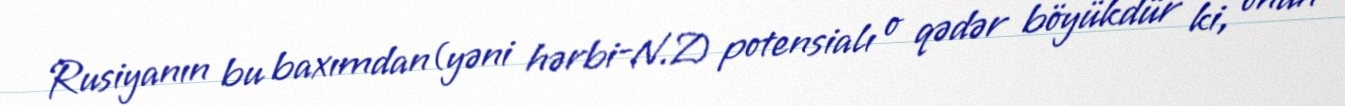
Rusiyanın bu baxımdan(yəni hərbi-N.Z) potensialı o qədər böyükdür ki, onun